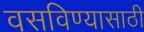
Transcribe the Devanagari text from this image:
वसविण्यासाठी